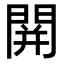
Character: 䦕